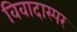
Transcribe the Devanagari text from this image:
विवादास्पर